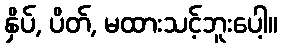
နှိပ်, ပိတ်, မထားသင့်ဘူးပေါ့။